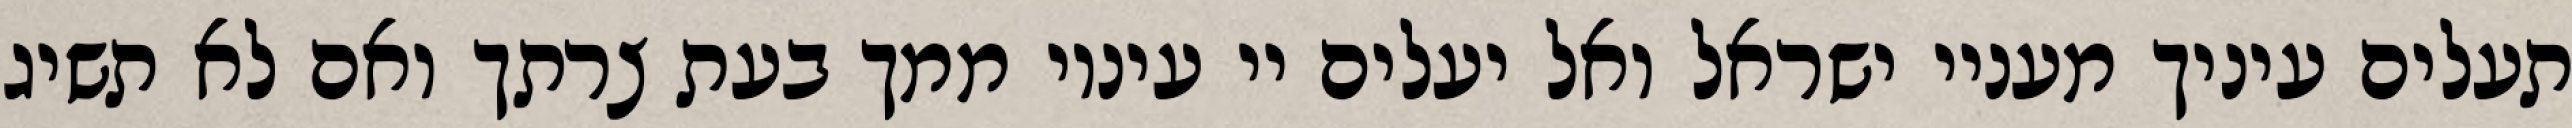
תעלים עיניך מעניי ישראל ואל יעלים יי עיניו ממך בעת צרתך ואם לא תשיג